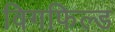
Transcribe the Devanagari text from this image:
विगफिल्ड